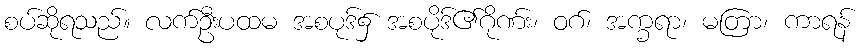
စပ်ဆိုရသည်။ လက်ဦးပထမ အစပုဒ်၌ အစပိုဒ်၏ဂိုဏ်း၊ ဝဂ်၊ အက္ခရာ၊ မတြာ၊ ကာရန်